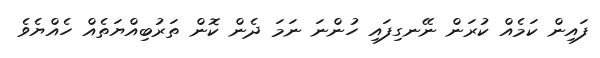
ފައިން ކަމެއް ކުރަން ނޭނގިފައި ހުންނަ ނަމަ ދެން ކޮން ތަރުބިއްޔަތެއް ހެއްޔެވެ